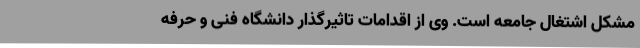
مشکل اشتغال جامعه است. وی از اقدامات تاثیرگذار دانشگاه فنی و حرفه